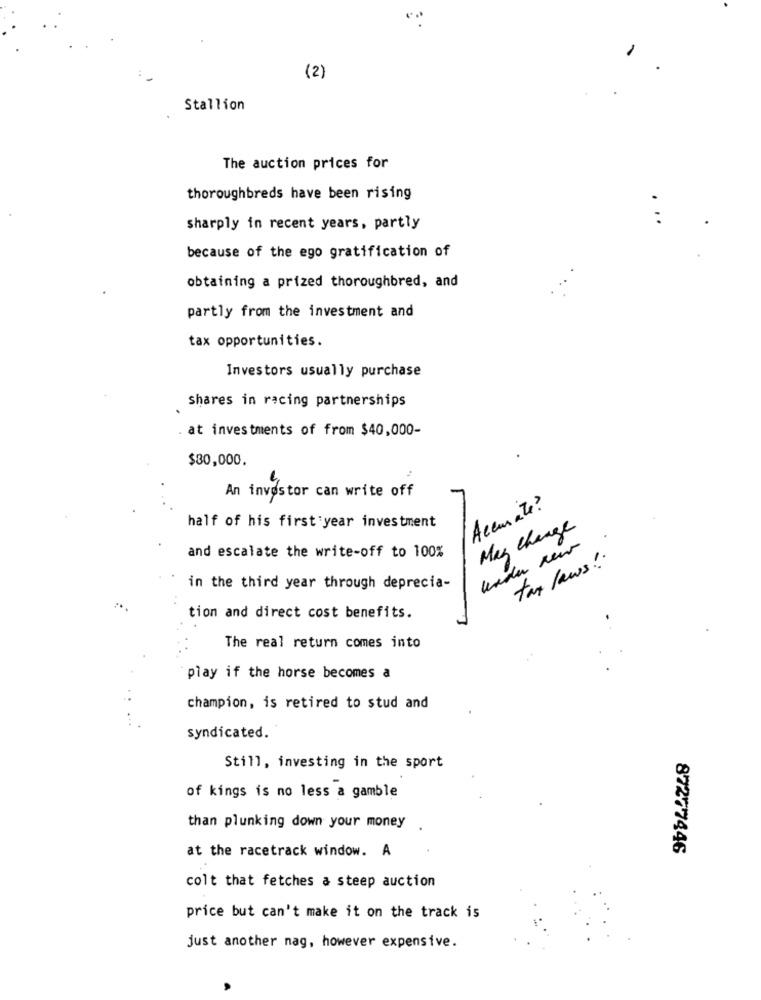
(2)
Stallion
The auction prices for
thoroughbreds have been rising
sharply in recent years, partly
because of the ego gratification of
obtaining a prized thoroughbred, and
partly from the investment and
tax opportunities.
Investors usually purchase
shares in racing partnerships
at investments of from $40,000-
$30,000.
An investor can write off
Accurate?
half of his first year investment
May Change
and escalate the write-off to 100%
tax laws !.
in the third year through deprecia-
tion and direct cost benefits.
The real return comes into
play if the horse becomes a
champion, is retired to stud and
syndicated.
Still, investing in the sport
of kings is no less a gamble
than plunking down your money
at the racetrack window. A
87277446
colt that fetches a steep auction
price but can't make it on the track is
just another nag, however expensive.